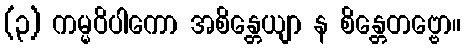
(၃) ကမ္မဝိပါကော အစိန္တေယျာ န စိန္တေတဗ္ဗော။